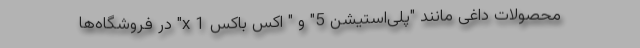
محصولات داغی مانند "پلی‌استیشن 5" و " اکس باکس 1 x" در فروشگاه‌ها